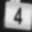
Digit: 4